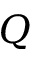
Q